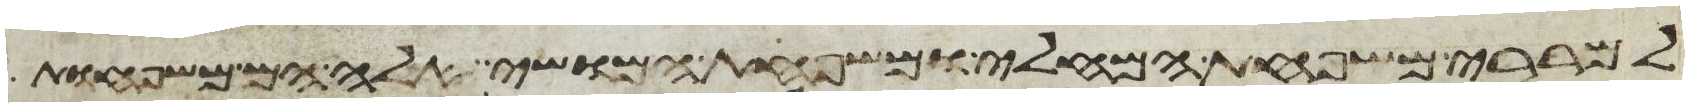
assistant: למררי משפחת המחלי ומשפחת המושי אלה הם משפחות